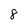
Character: 8